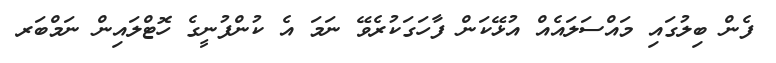
ފެން ބިލުގައި މައްސަލައެއް އުޅޭކަން ފާހަގަކުރެވޭ ނަމަ އެ ކުންފުނީގެ ހޮޓްލައިން ނަމްބަރ